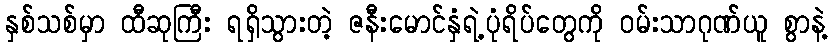
နှစ်သစ်မှာ ထီဆုကြီး ရရှိသွားတဲ့ ဇနီးမောင်နှံရဲ့ပုံရိပ်တွေကို ဝမ်းသာဂုဏ်ယူ စွာနဲ့